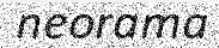
neorama